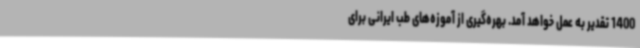
1400 تقدیر به عمل خواهد آمد. بهره‌گیری از آموزه‌های طب ایرانی برای